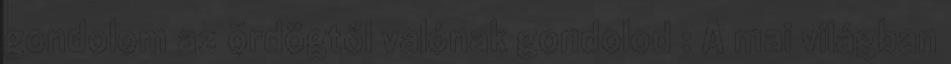
gondolom az ördögtől valónak gondolod : A mai világban